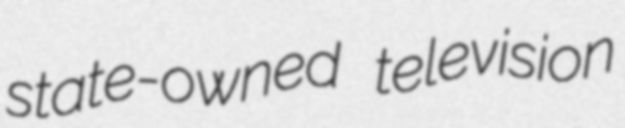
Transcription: state-owned television